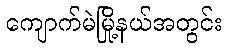
ကျောက်မဲမြို့နယ်အတွင်း